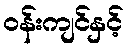
ဝန်းကျင်နှင့်